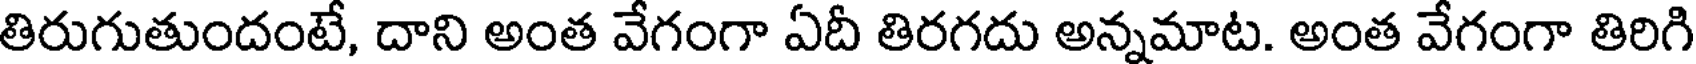
తిరుగుతుందంటే, దాని అంత వేగంగా ఏదీ తిరగదు అన్నమాట. అంత వేగంగా తిరిగి